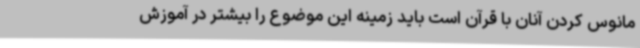
مانوس کردن آنان با قرآن است باید زمینه این موضوع را بیشتر در آموزش